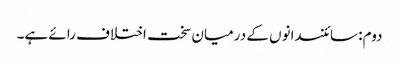
دوم: سائنسدانوں کے درمیان سخت اختلاف رائے ہے۔